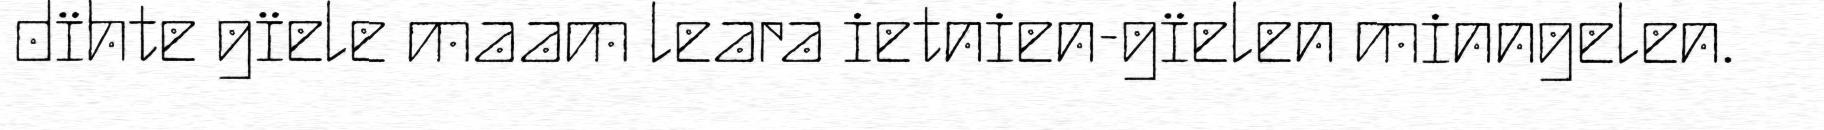
dïhte gïele maam leara ietnien-gïelen minngelen.